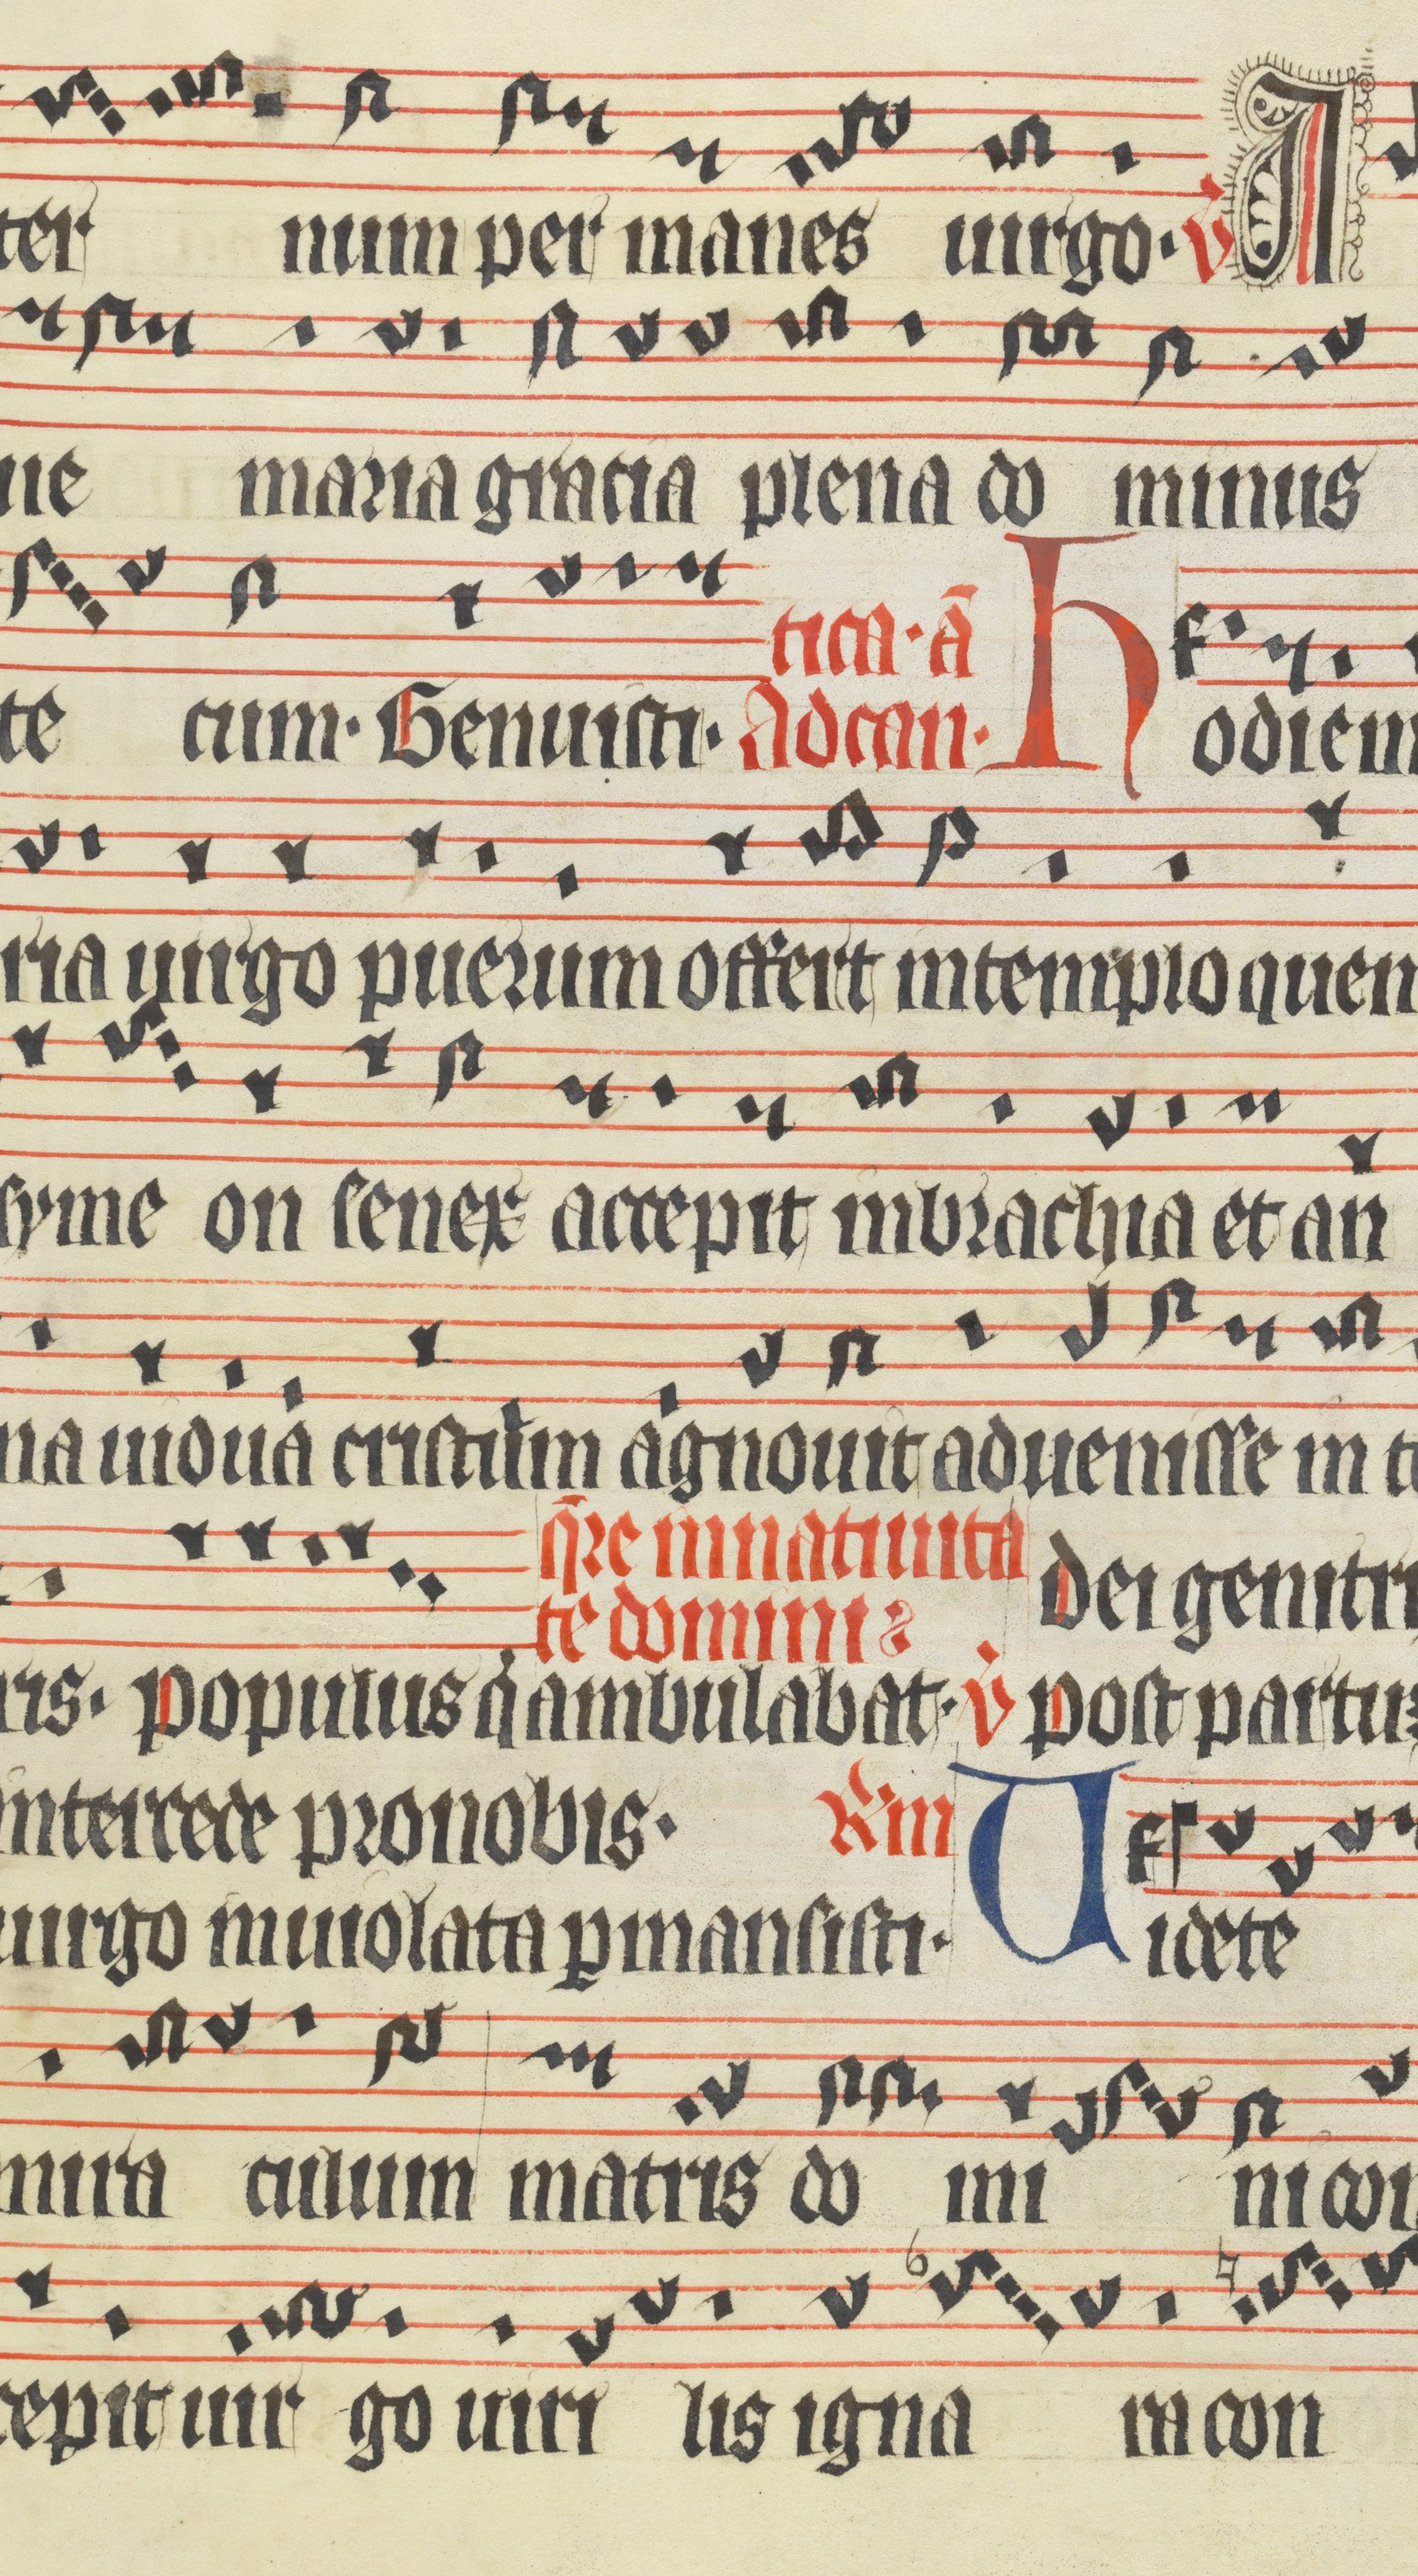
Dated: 1400–1499